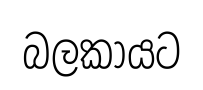
බලකායට